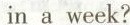
in a week?